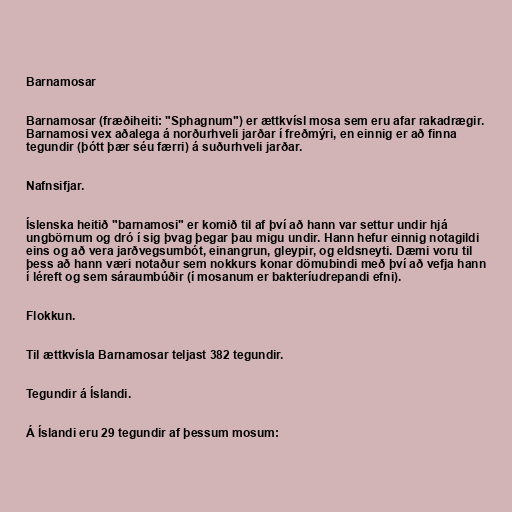
Barnamosar

Barnamosar (fræðiheiti: "Sphagnum") er ættkvísl mosa sem eru afar rakadrægir.
Barnamosi vex aðalega á norðurhveli jarðar í freðmýri, en einnig er að finna
tegundir (þótt þær séu færri) á suðurhveli jarðar.

Nafnsifjar.

Íslenska heitið "barnamosi" er komið til af því að hann var settur undir hjá
ungbörnum og dró í sig þvag þegar þau migu undir. Hann hefur einnig notagildi
eins og að vera jarðvegsumbót, einangrun, gleypir, og eldsneyti. Dæmi voru til
þess að hann væri notaður sem nokkurs konar dömubindi með því að vefja hann
í léreft og sem sáraumbúðir (í mosanum er bakteríudrepandi efni).

Flokkun.

Til ættkvísla Barnamosar teljast 382 tegundir.

Tegundir á Íslandi.

Á Íslandi eru 29 tegundir af þessum mosum: